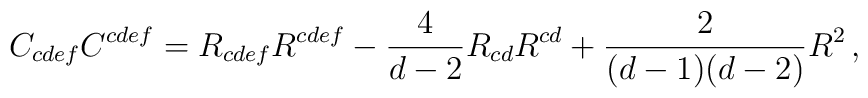
C_{cdef}C^{cdef} = R_{cdef}R^{cdef} - {4\over d-2}R_{cd}R^{cd}+ {2\over (d-1)(d-2)} R^2\,,